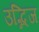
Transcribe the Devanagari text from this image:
उद्भिज